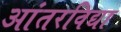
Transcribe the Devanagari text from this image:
आंतरविद्या